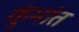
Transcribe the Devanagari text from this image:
कुंभांत